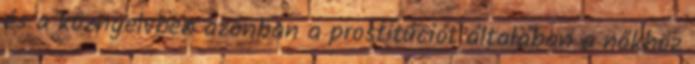
és a köznyelvben azonban a prostitúciót általában a nőkhöz